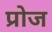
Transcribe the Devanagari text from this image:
प्रोज